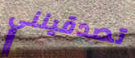
تصدقينني